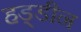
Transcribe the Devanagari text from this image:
हड्डीन